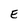
Character: E